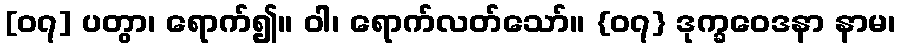
[၀၇] ပတွာ၊ ရောက်၍။ ဝါ၊ ရောက်လတ်သော်။ {၀၇} ဒုက္ခဝေဒနာ နာမ၊